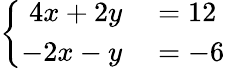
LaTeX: \left\{ \begin{array}{ll}{{\begin{array}{rl}{4x+2y}&{{}=12}\\ {-2x-y}&{{}=-6}\end{array}}}\end{array}\right.